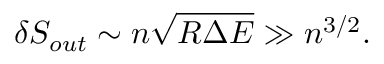
\delta S _ { o u t } \sim n \sqrt { R \Delta E } \gg n ^ { 3 / 2 } .